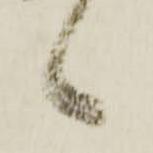
候